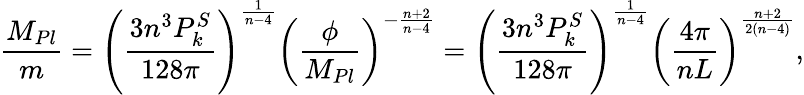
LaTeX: {\frac{M_{Pl}}{m}}=\left({\frac{3n^{3}P_{k}^{S}}{128\pi}}\right)^{{\frac{1}{n-4}}}\left({\frac{\phi}{M_{Pl}}}\right)^{-{\frac{n+2}{n-4}}}=\left({\frac{3n^{3}P_{k}^{S}}{128\pi}}\right)^{{\frac{1}{n-4}}}\left({\frac{4\pi}{nL}}\right)^{{\frac{n+2}{2(n-4)}}},